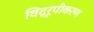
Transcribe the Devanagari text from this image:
विद्रूपीकरण